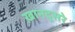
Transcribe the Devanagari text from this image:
ख़ानदूसरे